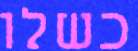
כשלו